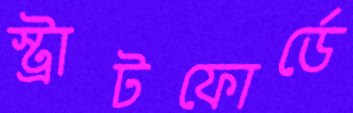
স্ট্রাটফোর্ডে